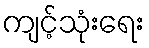
ကျင့်သုံးရေး